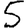
Digit: 5